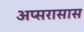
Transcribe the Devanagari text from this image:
अप्सरासास